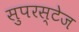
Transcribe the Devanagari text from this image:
सुपरस्टेज